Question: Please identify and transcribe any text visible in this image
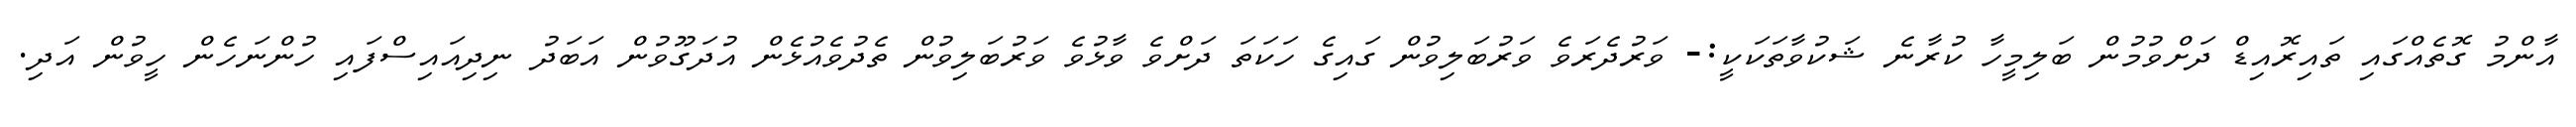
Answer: އާންމު ގޮތެއްގައި ތައިރޮއިޑް ދަށްވުމުން ބަލިމީހާ ކުރާނެ ޝަކުވާތަކަކީ:- ވަރުދެރަވެ ވަރުބަލިވުން ގައިގެ ހަކަތަ ދަށްވެ ވާޅުވެ ވަރުބަލިވުން ތެދުވެއުޅެން އުދަގޫވުން އަބަދު ނިދިއައިސްފައި ހުންނަހެން ހީވުން އަދި.